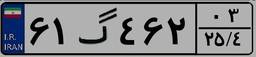
۶۱گ۴۶۲۰۳